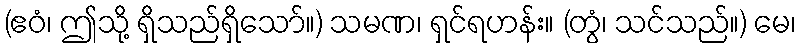
(ဧဝံ၊ ဤသို့ ရှိသည်ရှိသော်။) သမဏ၊ ရှင်ရဟန်း။ (တွံ၊ သင်သည်။) မေ၊